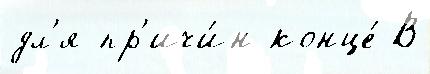
дл'я пр'ичи́н конце́ В